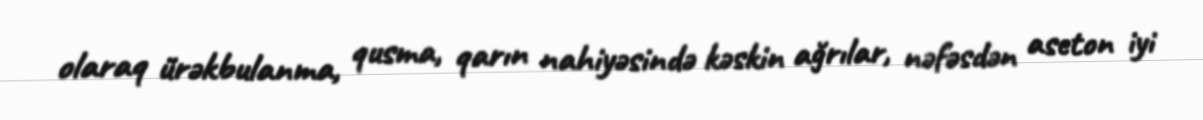
olaraq ürəkbulanma, qusma, qarın nahiyəsində kəskin ağrılar, nəfəsdən aseton iyi